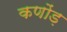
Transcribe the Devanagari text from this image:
कणोंड़